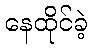
နေထိုင်ခဲ့